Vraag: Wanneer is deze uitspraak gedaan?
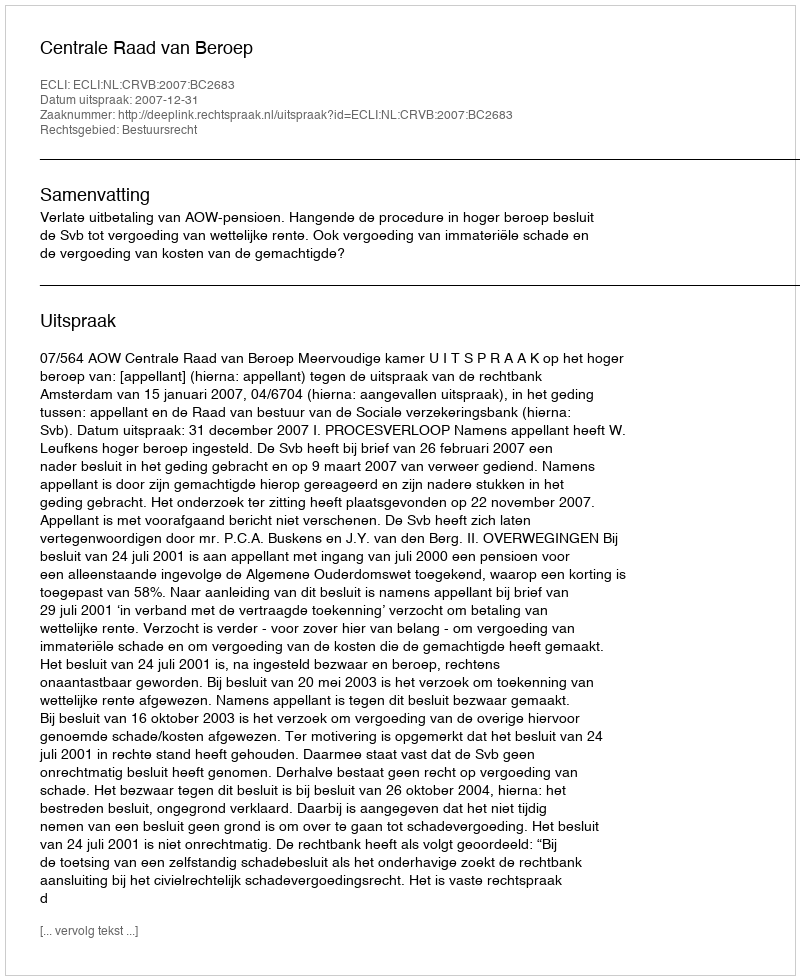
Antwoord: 2007-12-31